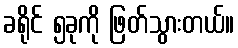
ခရိုင် ၅ခုကို ဖြတ်သွားတယ်။